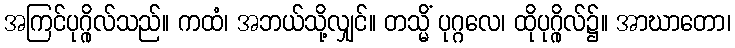
အကြင်ပုဂ္ဂိုလ်သည်။ ကထံ၊ အဘယ်သို့လျှင်။ တသ္မိံ ပုဂ္ဂလေ၊ ထိုပုဂ္ဂိုလ်၌။ အာဃာတော၊